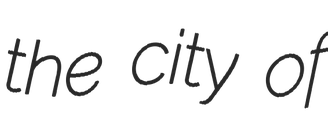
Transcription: the city of